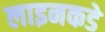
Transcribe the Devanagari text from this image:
लाइनकडे